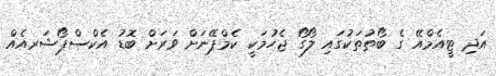
އަދި ޓީއެމްއޭ ގެ ބޯތުތަކުގައި ލޯގޯ ޖެހުމަކީ ކެމްޕޭނަށް ވަރަށް ބޮޑު އެކްސްޕޯޝަރއެއް